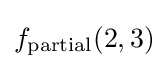
f_{\text{partial}}(2,3)